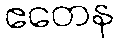
ဧတေန